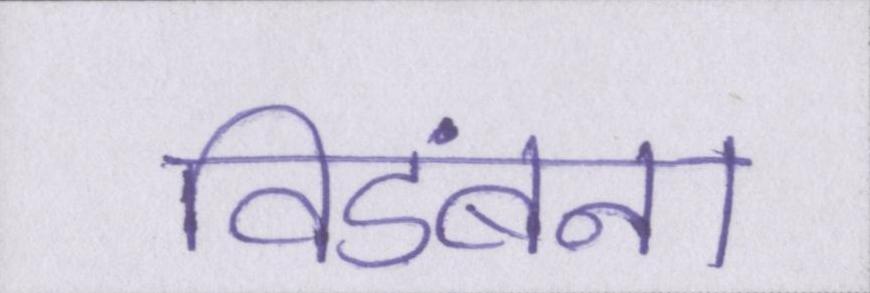
विडंबना